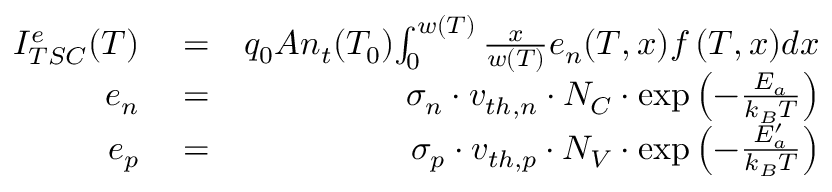
\begin{array} { r l r } { I _ { T S C } ^ { e } ( T ) } & { { } = } & { q _ { 0 } A n _ { t } ( T _ { 0 } ) { \int _ { 0 } ^ { w ( T ) } { \frac { x } { w ( T ) } } e _ { n } ( T , x ) f \left( T , x \right) } d x } \\ { e _ { n } } & { { } = } & { { \sigma _ { n } \cdot v _ { t h , n } \cdot N _ { C } \cdot \exp { \left( - { \frac { E _ { a } } { k _ { B } T } } \right) } } } \\ { e _ { p } } & { { } = } & { { \sigma _ { p } \cdot v _ { t h , p } \cdot N _ { V } \cdot \exp { \left( - { \frac { E _ { a } ^ { \prime } } { k _ { B } T } } \right) } } } \end{array}